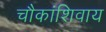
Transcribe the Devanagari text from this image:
चौकांशिवाय